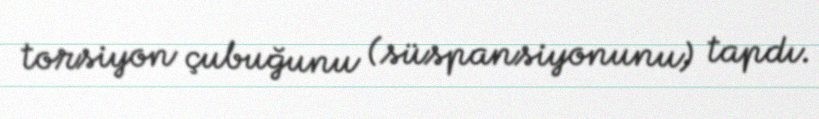
torsiyon çubuğunu (süspansiyonunu) tapdı.